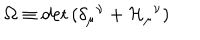
{ \Omega } \equiv \det { \left( \delta _ { \mu } { } ^ { \nu } + { \cal H } _ { \mu } { } ^ { \nu } \right) }